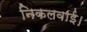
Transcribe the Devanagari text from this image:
निकलवाई।